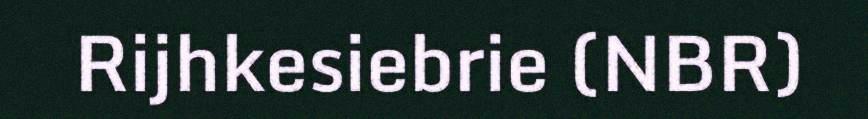
Rijhkesiebrie (NBR)